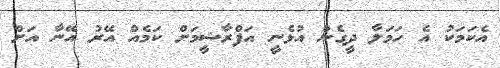
އެކަމަކު އެ ހަމަލާ ދީގެން އުޅެނީ އަފްރާޝީމަށް ކަމެއް އޭރު އޭނާ އަށް